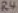
Text: R4